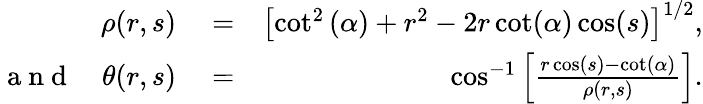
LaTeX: \begin{array}{rlr}{\rho(r,s)}&{{}=}&{\left[\cot^{2}\left(\alpha\right)+r^{2}-2r\cot(\alpha)\cos(s)\right]^{1/2},}\\ {\mathrm{~a~n~d~}\quad\theta(r,s)}&{{}=}&{\cos^{-1}\left[\frac{r\cos(s)-\cot(\alpha)}{\rho(r,s)}\right].}\end{array}